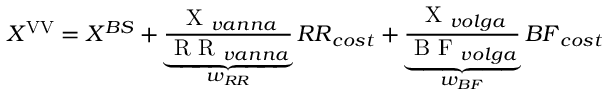
X ^ { \mathrm { { V V } } } = X ^ { B S } + \underbrace { \frac { { \textrm { X } } _ { v a n n a } } { { \textrm { R R } } _ { v a n n a } } } _ { w _ { R R } } { R R } _ { c o s t } + \underbrace { \frac { { \textrm { X } } _ { v o l g a } } { { \textrm { B F } } _ { v o l g a } } } _ { w _ { B F } } { B F } _ { c o s t }